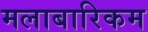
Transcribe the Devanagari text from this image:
मलाबारिकम